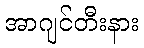
အာဂျင်တီးနား